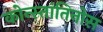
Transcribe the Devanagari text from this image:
कोन्स्तांतिनोस